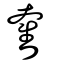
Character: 奮